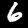
Label: 6